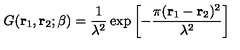
G ( { \bf r } _ { 1 } , { \bf r } _ { 2 } ; \beta ) = \frac { 1 } { \lambda ^ { 2 } } \exp \left[ - \frac { \pi ( { \bf r } _ { 1 } - { \bf r } _ { 2 } ) ^ { 2 } } { \lambda ^ { 2 } } \right]